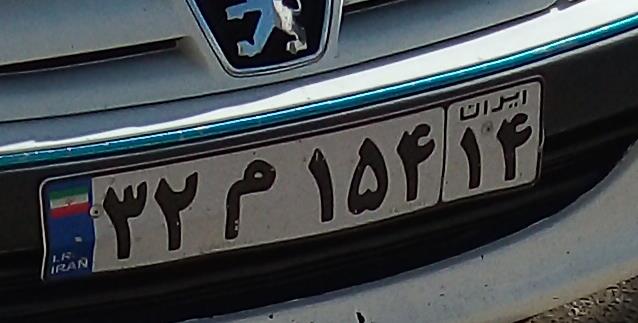
۳۲م۱۵۴۱۴